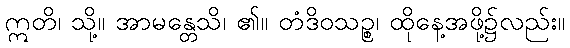
ဣတိ၊ သို့။ အာမန္တေသိ၊ ၏။ တံဒိဝသဉ္စ၊ ထိုနေ့အဖို့၌လည်း။